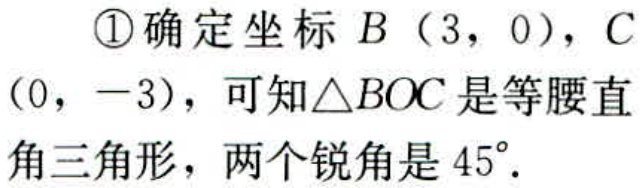
\textcircled{1}确定坐标\(B(3,0)\)，\(C(0,-3)\)，可知\(\triangle BOC\)是等腰直角三角形，两个锐角是\(45^{\circ}\)．